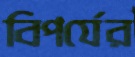
বিপর্যের